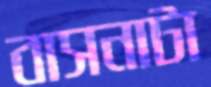
বাসনাটা